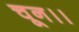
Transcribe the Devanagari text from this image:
चून।।